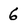
Character: 6